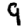
Digit: 9